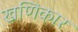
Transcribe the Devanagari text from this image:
खणिकार